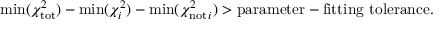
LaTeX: \mathrm { m i n } ( \chi _ { \mathrm { t o t } } ^ { 2 } ) - \mathrm { m i n } ( \chi _ { i } ^ { 2 } ) - \mathrm { m i n } ( \chi _ { \mathrm { n o t \, } i } ^ { 2 } ) > \mathrm { p a r a m e t e r - f i t t i n g ~ t o l e r a n c e } .